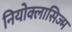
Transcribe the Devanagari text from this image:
नियोक्लासिज्म